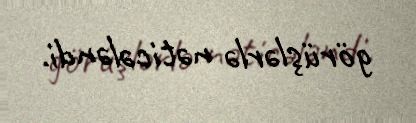
görüşlərlə nəticələndi.